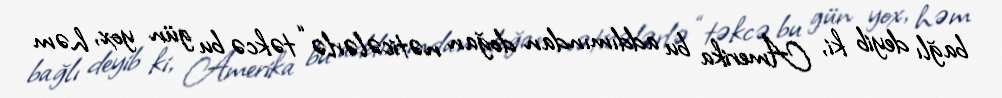
bağlı deyib ki, Amerika bu addımından doğan nəticələrlə “təkcə bu gün yox, həm